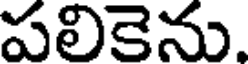
పలికెను.